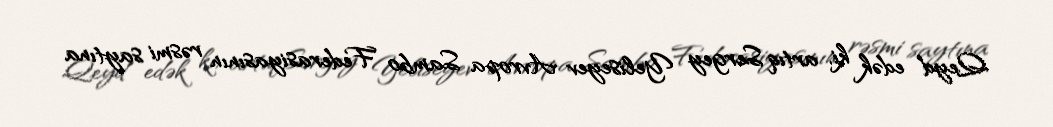
Qeyd edək ki, artıq Sergey Yeliseyev Avropa Sambo Federasiyasının rəsmi saytına